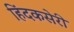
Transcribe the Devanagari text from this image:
हिंदकसेरी